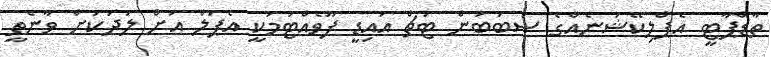
ތާޑްޕާޓީ އެޕްލިކޭޝަނެއްގެ ސަބަބުން ޓަޗް އައިޑީ ފޫވެއްޓުމަކީ އެޕަލް އަށް ލަދަކަށް ވާނެތީ